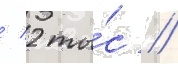
/ 2 ты́с //